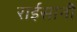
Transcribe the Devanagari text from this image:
राईसानी